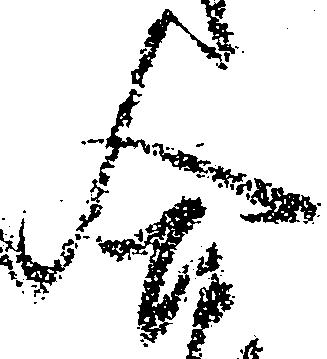
合